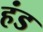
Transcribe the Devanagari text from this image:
हंड